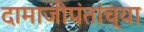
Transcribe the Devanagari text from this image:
दामाजीपंतांच्या